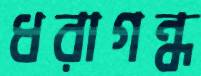
ধরাগন্ধ